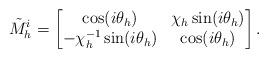
LaTeX: \begin{align*}\tilde{M}_h^i=\left[ \begin{matrix}\cos (i\theta_h) & \chi_h\sin (i\theta_h)\\ -\chi_h^{-1}\sin (i\theta_h) & \cos (i\theta_h)\end{matrix}\right].\end{align*}